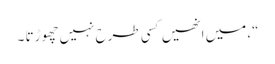
“، میں انھیں کسی طرح نہیں چھوڑتا ۔